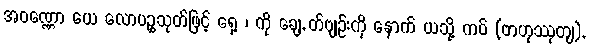
အဝဏ္ဏော ယေ လောပဉ္စသုတ်ဖြင့် ရှေ့ ၊ ကို ချေ, တ်ဗျဉ်းကို နောက် ယသို့ ကပ် (ဗာဟုဿုတျ),